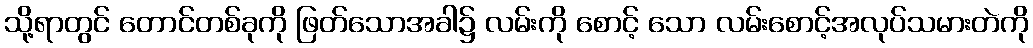
သို့ရာတွင် တောင်တစ်ခုကို ဖြတ်သောအခါ၌ လမ်းကို စောင့် သော လမ်းစောင့်အလုပ်သမားတဲကို